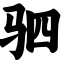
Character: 驷